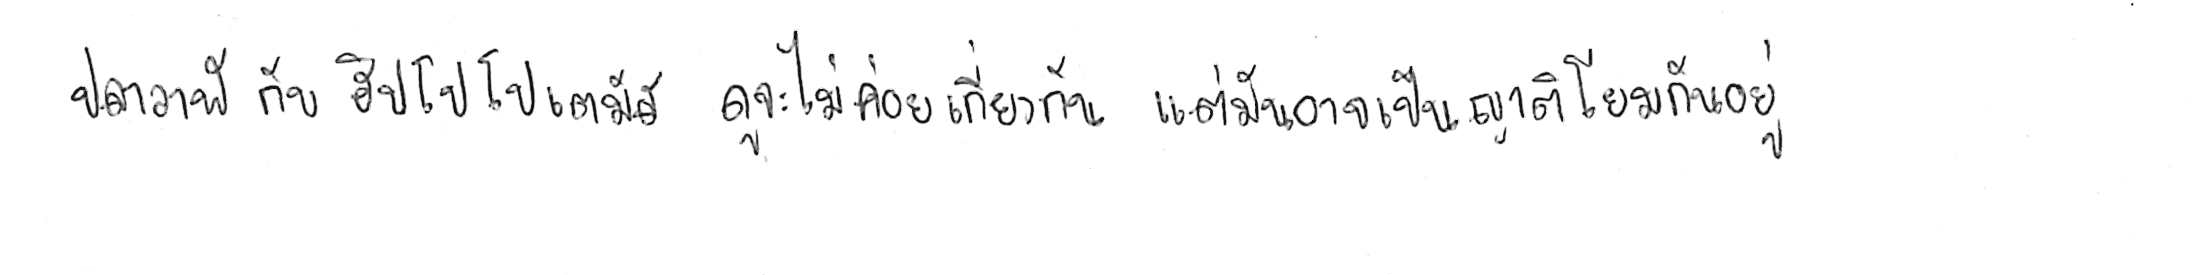
ปลาวาฬ กับ ฮิปโปโปเตมัส ดูจะไม่ค่อยเกี่ยวกัน แต่มันอาจเป็นญาติโยมกันอยู่